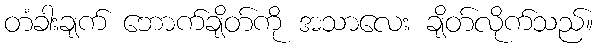
တံခါးချက် ဘောက်ချိတ်ကို အသာလေး ချိတ်လိုက်သည်။